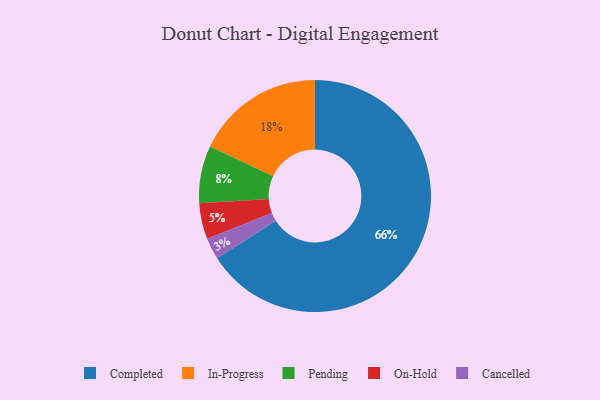
{"axis": {"x": "Category", "y": "Percentage"}, "legend": ["Cancelled", "Completed", "In-Progress", "On-Hold", "Pending"], "data": [{"x": "In-Progress", "y": 18, "type": "In-Progress"}, {"x": "Cancelled", "y": 3, "type": "Cancelled"}, {"x": "Completed", "y": 66, "type": "Completed"}, {"x": "On-Hold", "y": 5, "type": "On-Hold"}, {"x": "Pending", "y": 8, "type": "Pending"}]}